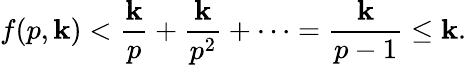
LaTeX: f(p,\mathbf{k})<{\frac{{\mathbf{k}}}{{p}}}+{\frac{{\mathbf{k}}}{{p^{2}}}}+\cdots={\frac{{\mathbf{k}}}{{p-1}}}\leq\mathbf{k}.